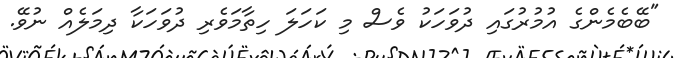
"ބޭބެމެންގެ އުމުރުގައި ދުވަހަކު ވެސް މި ކަހަލަ ހިތާމަވެރި ދުވަހަކާ ދިމަލެއް ނުވޭ.